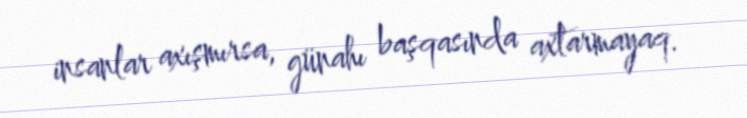
insanlar axışmırsa, günahı başqasında axtarmayaq.